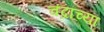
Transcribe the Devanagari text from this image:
चंद्रांच्या